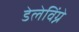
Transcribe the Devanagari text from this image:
डेलेविंग्ने